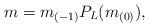
LaTeX: \begin{align*}m=m_{(-1)}P_L( m_{(0)}), \end{align*}